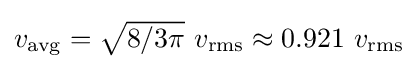
{\textstyle v_{\rm {avg}}={\sqrt {8/3\pi }}\ v_{\rm {rms}}\approx 0.921\ v_{\rm {rms}}}